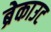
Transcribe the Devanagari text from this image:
ब्रेकाउट